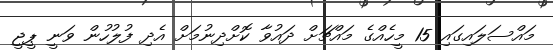
މައްސަލައިގައި 15 މީހެއްގެ މައްޗަށް ދައުވާ ކޮށްދިނުމަށް އެދި ފުލުހުން ވަނީ ޕީޖީ